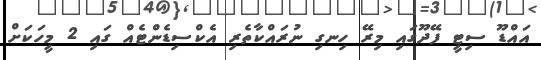
އައްޑޫ ސިޓީ ފޭދޫގައި މިރޭ ހިނގި ނުރައްކާތެރި އެކްސިޑެންޓެއް ގައި 2 މީހަކަށް